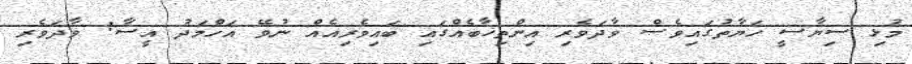
މުޅި ސިޔާސީ ހަޔާތުގައިވެސް ވާދަވެރި އިންތިޚާބެއްގައި ބައިވެރިއެއް ނުވޭ އަހްމަދު އީސާ: ވާދަވެރި